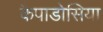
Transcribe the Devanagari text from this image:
कैपाडोसिया